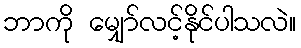
ဘာကို မျှော်လင့်နိုင်ပါသလဲ။